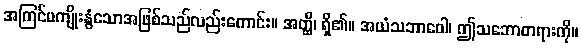
အကြင်မကျိုးနွံသောအဖြစ်သည်လည်းကောင်း။ အတ္ထိ၊ ရှိ၏။ အယံသဘာဝေါ၊ ဤသဘောတရားကို။